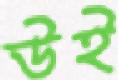
উই